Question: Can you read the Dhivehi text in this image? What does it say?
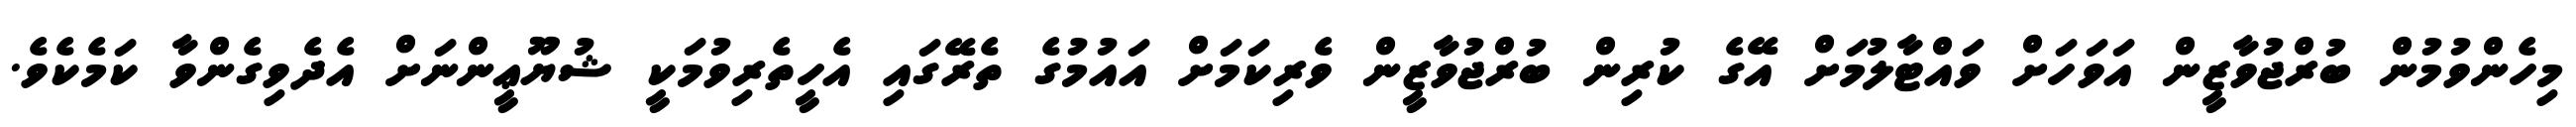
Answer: މިހެންވުމުން ބުރްޖުވާޒީން އަވަހަށް ވައްޓާލުމަށް އޭގެ ކުރިން ބުރްޖުވާޒީން ވެރިކަމަށް އައުމުގެ ތެރޭގައި އެހީތެރިވުމަކީ ޝުޔޫޢީންނަށް އެދެވިގެންވާ ކަމެކެވެ.